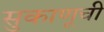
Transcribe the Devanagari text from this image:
सुकाणूची